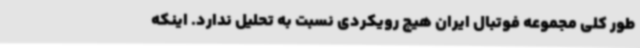
طور کلی مجموعه فوتبال ایران هیچ رویکردی نسبت به تحلیل ندارد. اینکه